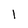
Character: l